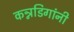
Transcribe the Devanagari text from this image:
कन्नडिगांनी